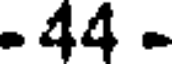
- 44 -